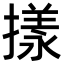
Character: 㨾